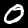
Digit: 0